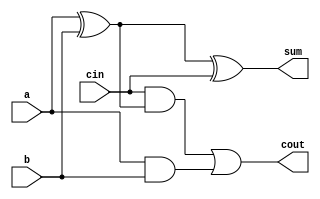
// full adder implementation from scratch
module full_adder_scratch (sum, cout, a, b, cin);

    input a, b, cin;
    output sum, cout;
    wire w1, w2, w3;

    xor (w1, a, b);
    xor (sum, w1, cin);
    and (w2, cin, w1);
    and (w3, a, b);
    or (cout, w2, w3);

endmodule


module full_adder_scratch_tb ();

    reg a, b, cin;
    wire sum, cout;

    full_adder_scratch fa (sum, cout, a, b, cin);

    initial begin
        $dumpfile("full_adder_scratch.vcd");
        $dumpvars(0, full_adder_scratch_tb);
        a = 0; b = 0; cin = 0; #5;
        a = 0; b = 0; cin = 1; #5;
        a = 0; b = 1; cin = 0; #5;
        a = 0; b = 1; cin = 1; #5;
        a = 1; b = 0; cin = 0; #5;
        a = 1; b = 0; cin = 1; #5;
        a = 1; b = 1; cin = 0; #5;
        a = 1; b = 1; cin = 1; #5;
    end

endmodule